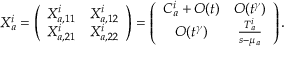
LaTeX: X _ { a } ^ { i } = \left( \begin{array} { c c } { { X _ { a , 1 1 } ^ { i } } } & { { X _ { a , 1 2 } ^ { i } \nonumber } } \\ { { X _ { a , 2 1 } ^ { i } } } & { { X _ { a , 2 2 } ^ { i } } } \end{array} \right) = \left( \begin{array} { c c } { { C _ { a } ^ { i } + { { \cal O } ( t ) } } } & { { { { \cal O } ( t ^ { \gamma } ) } \nonumber } } \\ { { { { \cal O } ( t ^ { \gamma } ) } } } & { { { \frac { T _ { a } ^ { i } } { s - \mu _ { a } } } } } \end{array} \right) .